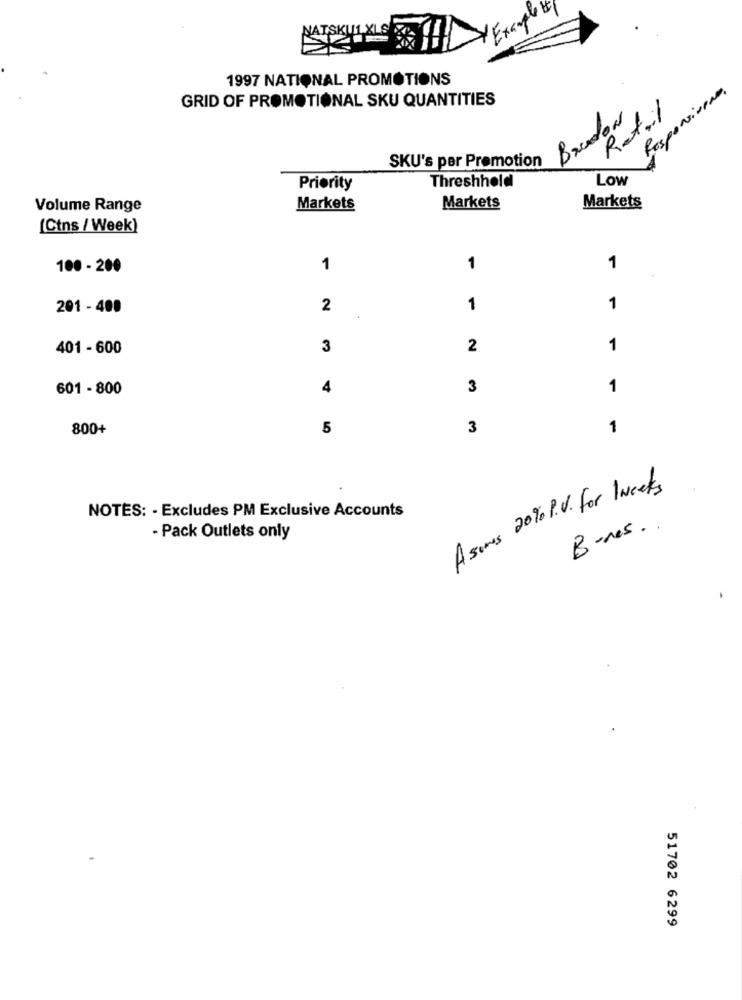
Example t
ATSKU1
1997 NATIONAL PROMOTIONS
Responsiveno.
GRID OF PROMOTIONAL SKU QUANTITIES
Retail
Brandon
SKU's per Promotion
Threshhold
Low
Priority
Volume Range
Markets
Markets
Markets
[Ctns / Week)
100 - 200
1
1
1
201 - 400
2
1
1
401 - 600
3
2
1
601 - 800
4
3
1
800+
5
3
1
A somes 20% P.V. for INcels
NOTES: - Excludes PM Exclusive Accounts
Bones ..
- Pack Outlets only
51702 6299